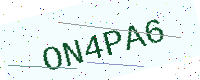
Text: ON4PA6